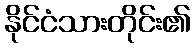
နိုင်ငံသားတိုင်း၏